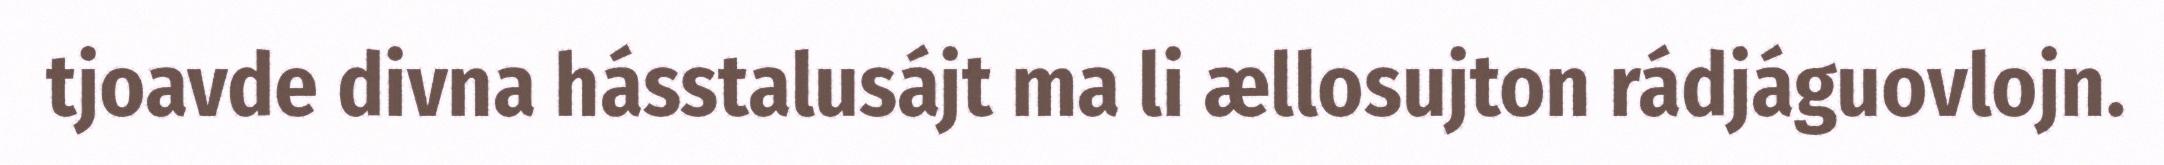
tjoavde divna hásstalusájt ma li ællosujton rádjáguovlojn.